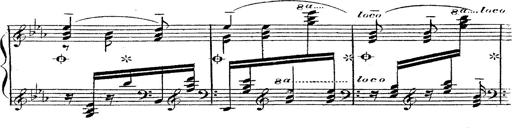
Title: 12 Lieder von Franz Schubert
Composer: Franz Liszt